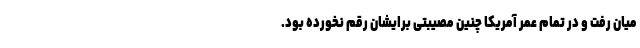
میان رفت و در تمام عمر آمریکا چنین مصیبتی برایشان رقم نخورده بود.